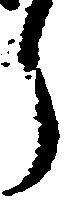
郎